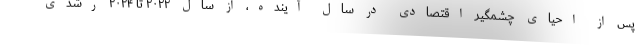
پس از احیای چشمگیر اقتصادی در سال آینده، از سال ۲۰۲۲ تا ۲۰۲۴ رشدی